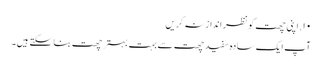
۱۰. اپنی چھت کو نظر اندازِ نہ کریں
آپ ایک سادہ سفید چھت سے بہت بہتر چھت بنا سکتے ہیں۔